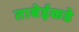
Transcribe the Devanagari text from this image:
ताबेईकडे